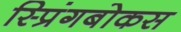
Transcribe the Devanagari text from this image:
स्प्रिंगबोकस